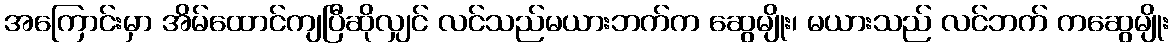
အကြောင်းမှာ အိမ်ထောင်ကျပြီဆိုလျှင် လင်သည်မယားဘက်က ဆွေမျိုး၊ မယားသည် လင်ဘက် ကဆွေမျိုး